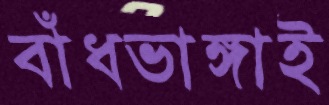
বাঁধভাঙ্গাই